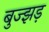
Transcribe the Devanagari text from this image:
बुज्झड़